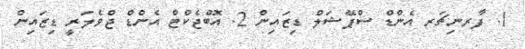
1. ފާރނިޗަރ އެންޑް ސްޕޭޝަލް ޑިޒައިން 2. އޮބްޖެކްޓް އެންޑް ޖްވެލަރީ ޑިޒައިން